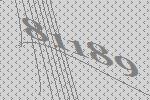
81189